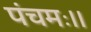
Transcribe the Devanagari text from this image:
पंचमः।।